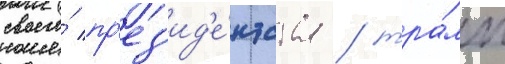
своего́ пр'ез'ид'е́нтства / тра́мп